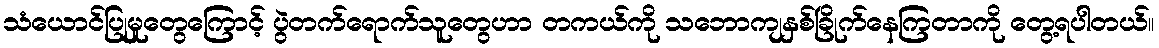
သံယောင်ပြုမှုတွေကြောင့် ပွဲတက်ရောက်သူတွေဟာ တကယ်ကို သဘောကျနှစ်ခြိုက်နေကြတာကို တွေ့ရပါတယ်။